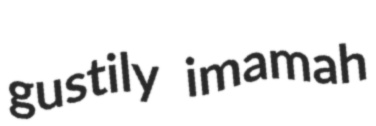
gustily imamah